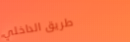
طريق الداخلي